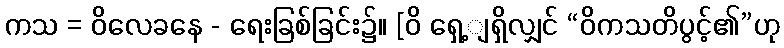
ကသ = ဝိလေခနေ - ရေးခြစ်ခြင်း၌။ [ဝိ ရှေ့ျရှိလျှင် “ဝိကသတိပွင့်၏”ဟု